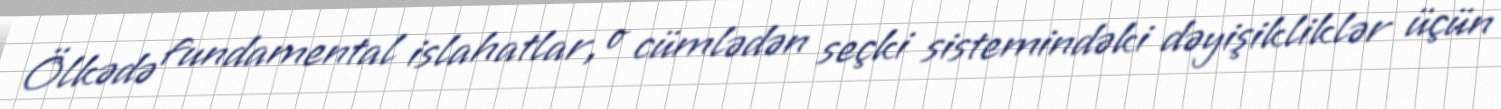
Ölkədə fundamental islahatlar, o cümlədən seçki sistemindəki dəyişikliklər üçün